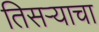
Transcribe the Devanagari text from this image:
तिसर्‍याचा